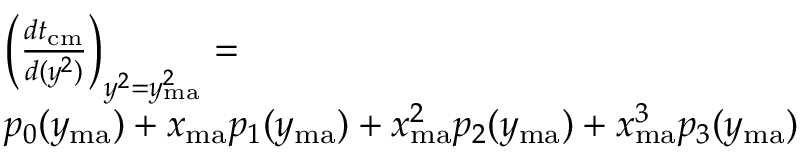
\begin{array} { r l } { ~ ~ ~ } & { \left( \frac { d t _ { \mathrm { c m } } } { d ( y ^ { 2 } ) } \right) _ { y ^ { 2 } = y _ { \mathrm { m a } } ^ { 2 } } = } \\ & { p _ { 0 } ( y _ { \mathrm { m a } } ) + x _ { \mathrm { m a } } p _ { 1 } ( y _ { \mathrm { m a } } ) + x _ { \mathrm { m a } } ^ { 2 } p _ { 2 } ( y _ { \mathrm { m a } } ) + x _ { \mathrm { m a } } ^ { 3 } p _ { 3 } ( y _ { \mathrm { m a } } ) } \end{array}